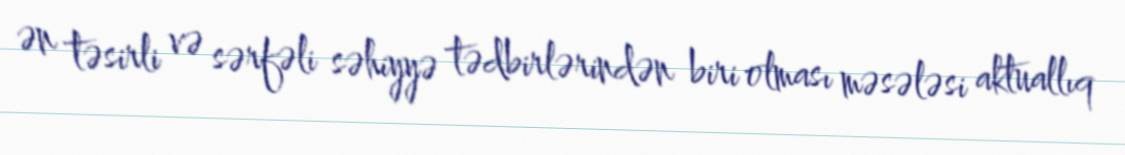
ən təsirli və sərfəli səhiyyə tədbirlərindən biri olması məsələsi aktuallıq